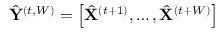
\hat { \mathbf { Y } } ^ { ( t , W ) } = \left[ \hat { \mathbf { X } } ^ { ( t + 1 ) } , \ldots , \hat { \mathbf { X } } ^ { ( t + W ) } \right]